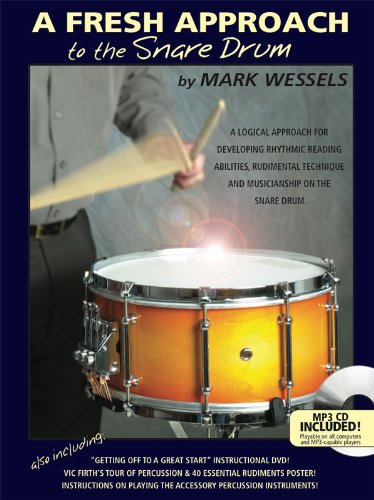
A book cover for A Fresh Approach to the Snare Drum; Mark Wessels; Children's Books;